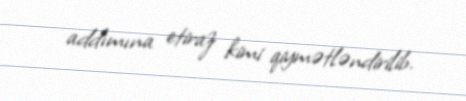
addımına etiraz kimi qiymətləndirilib.